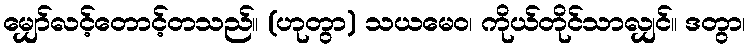
မျှော်လင့်တောင့်တသည်။ (ဟုတွာ) သယမေဝ၊ ကိုယ်တိုင်သာလျှင်။ ဒတွာ၊